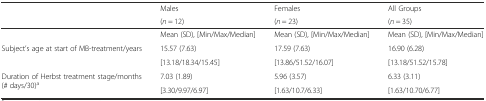
| <ROWSPAN=2>  | Males | Females | All Groups |
 | (n = 12) | (n = 23) | (n = 35) |
 | --- | --- | --- | --- |
 |  | Mean (SD), [Min/Max/Median] | Mean (SD), [Min/Max/Median] | Mean (SD), [Min/Max/Median] |
 | <ROWSPAN=2> Subject’s age at start of MB-treatment/years | 15.57 (7.63) | 17.59 (7.63) | 16.90 (6.28) |
 | [13.18/18.34/15.45] | [13.86/51.52/16.07] | [13.18/51.52/15.78] |
 | <ROWSPAN=2> Duration of Herbst treatment stage/months (# days/30)a | 7.03 (1.89) | 5.96 (3.57) | 6.33 (3.11) |
 | [3.30/9.97/6.97] | [1.63/10.7/6.33] | [1.63/10.70/6.77] |